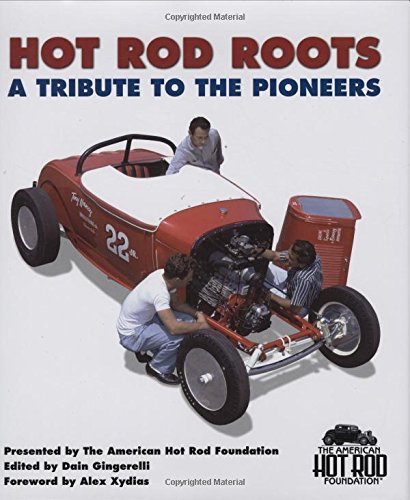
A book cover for Hot Rod Roots: A Tribute to the Pioneers; Crafts, Hobbies & Home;